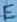
Text: E